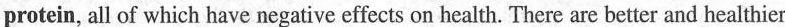
protein, all of which have negative effects on health. There are better and healthier